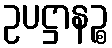
ဥပဋ္ဌာနဉ္စ